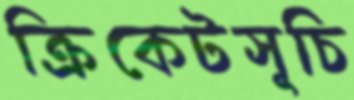
ক্রিকেটসূচি